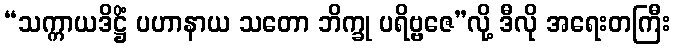
“သက္ကာယဒိဋ္ဌိံ ပဟာနာယ သတော ဘိက္ခု ပရိဗ္ဗဇေ”လို့ ဒီလို အရေးတကြီး